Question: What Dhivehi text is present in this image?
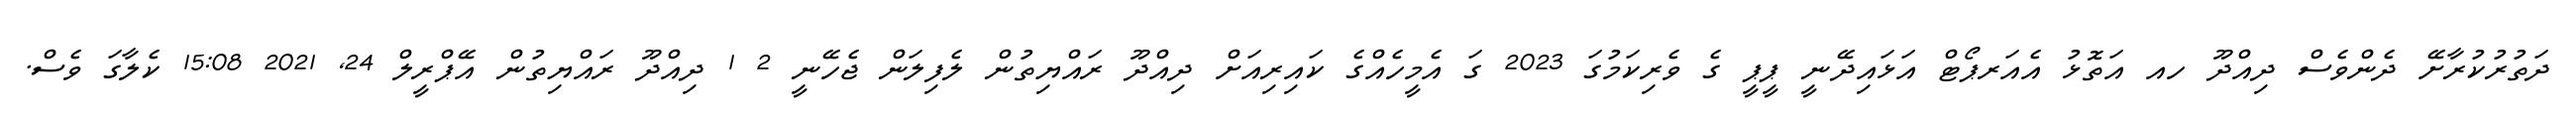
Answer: ދަތުރުކުރާށޭ ދެންވެސް ދިއްދޫ ހއ އަތޮޅު އެއަރޕޯޓް އަޅައިދޭނީ ޕީޕީ ގެ ވެރިކަމުގަ 2023 ގަ އެމީހެއްގެ ކައިރިއަށް ދިއްދޫ ރައްޔިތުން ލެފިލަން ޖެހޭނީ 2 1 ދިއްދޫ ރައްޔިތުން އޭޕްރީލް 24, 2021 15:08 ކެލާގަ ވެސް.